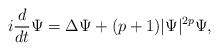
LaTeX: \begin{align*}i \frac d {dt} \Psi = \Delta \Psi + (p+1)| \Psi |^{2p} \Psi,\end{align*}